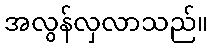
အလွန်လှလာသည်။